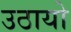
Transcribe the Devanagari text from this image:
उठायो